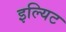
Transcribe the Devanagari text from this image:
इल्यिट